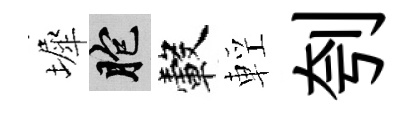
墀胞轂輕刳